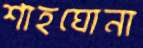
শাহঘোনা